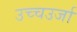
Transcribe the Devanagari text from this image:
उच्चउर्जा